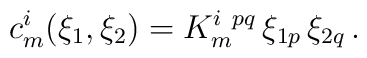
c^i_m(\xi_1,\xi_2)= K^{i~pq}_m\,\xi_{1p}\,\xi_{2q}\,.